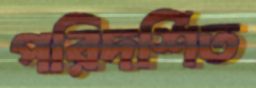
পরিদর্শিত